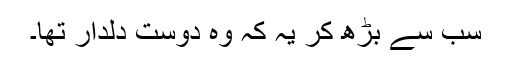
سب سے بڑھ کر یہ کہ وہ دوست دلدار تھا۔